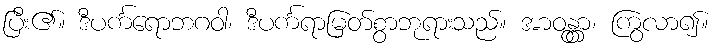
ပြီး၏။ ဒီပင်္ကရောဘဂဝါ၊ ဒီပင်္ကရာမြတ်စွာဘုရားသည်။ အာဝန္တွာ၊ ကြွလာ၍။